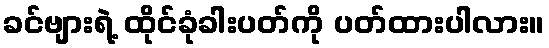
ခင်ဗျားရဲ့ ထိုင်ခုံခါးပတ်ကို ပတ်ထားပါလား။